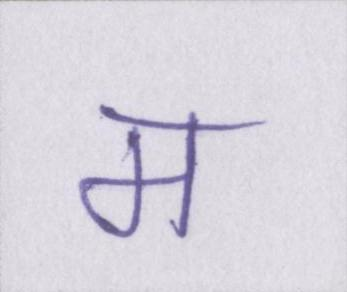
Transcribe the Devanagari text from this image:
म